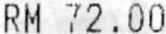
RM 72.00